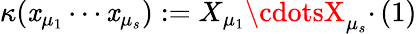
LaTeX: \kappa(\mathit{x}_{\mu_{1}}\cdots\mathit{x}_{\mu_{s}}):=X_{\mu_{1}}\cdotsX_{\mu_{s}}\cdotp(1)